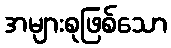
အများစုဖြစ်သော